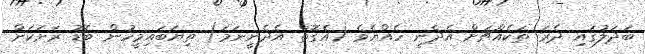
ބަދަލުގައި ދެރަ ތަކެއްޗަށް އެދެނީ ހެއްޔެވެ (އެގޮތް އެދެނީނަމަ) ތިޔަބައިމީހުން ބޮޑު ރަށަކަށް